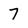
Character: 7